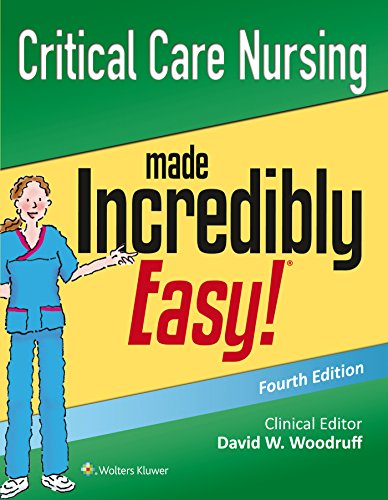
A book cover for Critical Care Nursing Made Incredibly Easy! (Incredibly Easy! SeriesÂ®); Lippincott Williams & Wilkins; Medical Books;